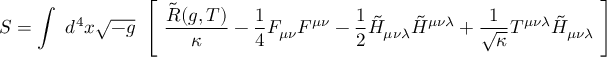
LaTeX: S = \int ~ d ^ { 4 } x \sqrt { - g } ~ \left[ ~ \frac { \tilde { R } ( g , T ) } { \kappa } - \frac { 1 } { 4 } F _ { \mu \nu } F ^ { \mu \nu } - \frac { 1 } { 2 } \tilde { H } _ { \mu \nu \lambda } \tilde { H } ^ { \mu \nu \lambda } + \frac { 1 } { \sqrt { \kappa } } T ^ { \mu \nu \lambda } \tilde { H } _ { \mu \nu \lambda } ~ \right]